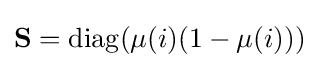
\mathbf {S} =\operatorname {diag} (\mu (i)(1-\mu (i)))